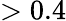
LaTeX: >0.4